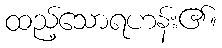
ထည့်သောရဟန်း၏။